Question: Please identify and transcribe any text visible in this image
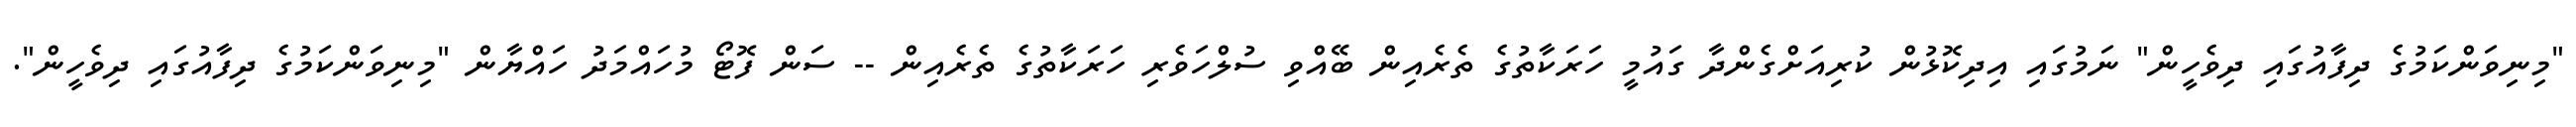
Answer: "މިނިވަންކަމުގެ ދިފާއުގައި ދިވެހީން" ނަމުގައި އިދިކޮޅުން ކުރިއަށްގެންދާ ގައުމީ ހަރަކާތުގެ ތެރެއިން ބޭއްވި ސުލްހަވެރި ހަރަކާތުގެ ތެރެއިން -- ސަން ފޮޓޯ މުހައްމަދު ހައްޔާން "މިނިވަންކަމުގެ ދިފާއުގައި ދިވެހީން".